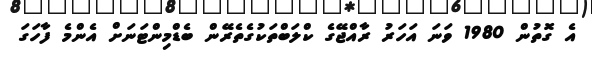
އެ ގޮތުން 1980 ވަނަ އަހަރު ރާއްޖޭގެ ކްލަބްތަކުގެތެރޭން ބެޑްމިންޓަނަށް އެންމެ ފާހަގަ